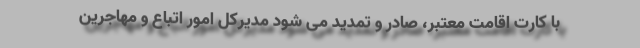
با کارت اقامت معتبر، صادر و تمدید می شود مدیرکل امور اتباع و مهاجرین